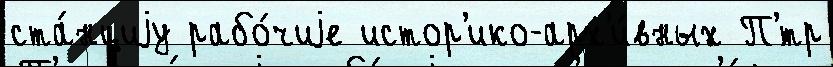
ста́нциjу рабо́чиjе истор'ико-арх'и́вных П'́тр